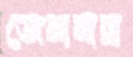
জেনানারা